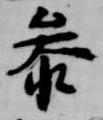
参